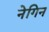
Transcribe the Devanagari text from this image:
नेगिन